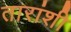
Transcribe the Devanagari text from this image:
तारांशी